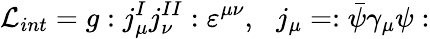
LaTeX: \mathcal{L}_{int}=g:j_{\mu}^{I}j_{\nu}^{II}:\varepsilon^{\mu\nu},\, \, \, \, j_{\mu}=:\bar{\psi}\gamma_{\mu}\psi: